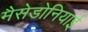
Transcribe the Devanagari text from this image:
मैसेडोनियाई